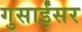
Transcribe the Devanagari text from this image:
गुसाईंसर